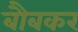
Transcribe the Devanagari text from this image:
बौबकर